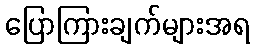
ပြောကြားချက်များအရ